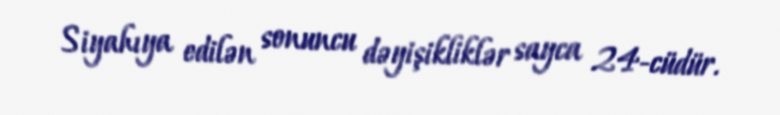
Siyahıya edilən sonuncu dəyişikliklər sayca 24-cüdür.